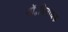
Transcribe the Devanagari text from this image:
डॉ॰विनायक